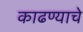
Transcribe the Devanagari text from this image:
काढण्‍याचे